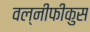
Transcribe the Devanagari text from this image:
वल्नीफीकुस